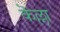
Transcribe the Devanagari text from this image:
कॆल्ला